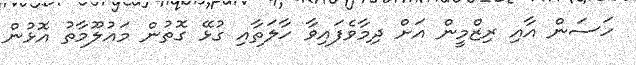
ހަސަން އާއި ރިޒްމީން އަށް ދިމާވެފައިވާ ހާލަތާއި ގުޅޭ ގޮތުން މައުލޫމާތު އޮޅުން